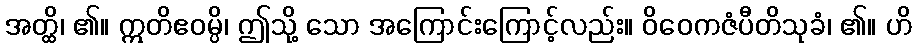
အတ္ထိ၊ ၏။ ဣတိဧဝမ္ပိ၊ ဤသို့ သော အကြောင်းကြောင့်လည်း။ ဝိဝေကဇံပီတိသုခံ၊ ၏။ ဟိ